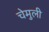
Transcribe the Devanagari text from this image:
चेमुली